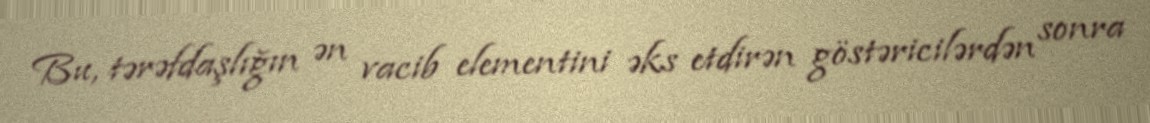
Bu, tərəfdaşlığın ən vacib elementini əks etdirən göstəricilərdən sonra